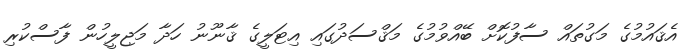
އެޤައުމުގެ މަގުތައް ސާފުކޮށް ބޭއްވުމުގެ މަޤްސަދުގައި އިޓަލީގެ ޤާނޫނު ހަދާ މަޖިލީހުން ފާސްކުރި